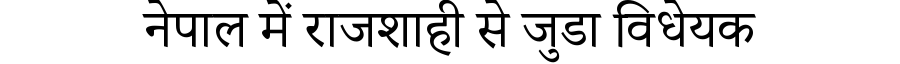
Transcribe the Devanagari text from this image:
नेपाल में राजशाही से जुडा विधेयक